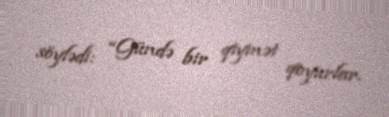
söylədi: “Gündə bir qiymət qoyurlar.